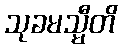
သုခမသ္မီတိ